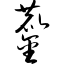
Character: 鏖